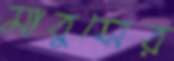
মাবুসের